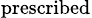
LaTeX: _\mathrm{prescribed}